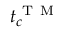
t _ { c } ^ { \mathrm { ~ T ~ M ~ } }